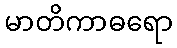
မာတိကာဓရော